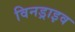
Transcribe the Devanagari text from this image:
विनड्राइव